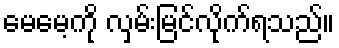
မေမေ့ကို လှမ်းမြင်လိုက်ရသည်။